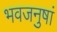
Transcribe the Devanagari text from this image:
भवजनुषां